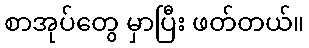
စာအုပ်တွေ မှာပြီး ဖတ်တယ်။